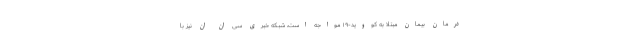
درمان بیمان مبتلا به کووید-۱۹ مواجه است، شبکه خبری سی ان ان نیز با